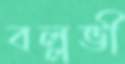
বল্লভী